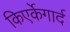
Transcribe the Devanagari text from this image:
किएर्केगार्द